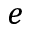
e